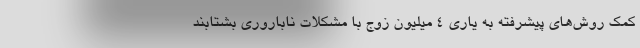
کمک روش‌های پیشرفته به یاری ۴ میلیون زوج با مشکلات ناباروری بشتابند